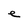
Character: e